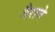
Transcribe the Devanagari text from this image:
तैराने